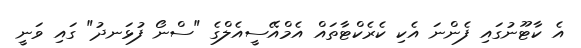
އެ ކާޓޫނުގައި ފެންނަ އެކި ކެރެކްޓާތައް އެމްއޭސީއެލްގެ "ސްނޯ ފުޅަނދު" ގައި ވަނީ